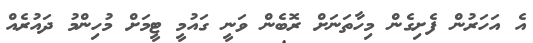
އެ އަހަރުން ފެށިގެން މިހާތަނަށް ރޮބެން ވަނީ ގައުމީ ޓީމަށް މުހިންމު ދައުރެއް